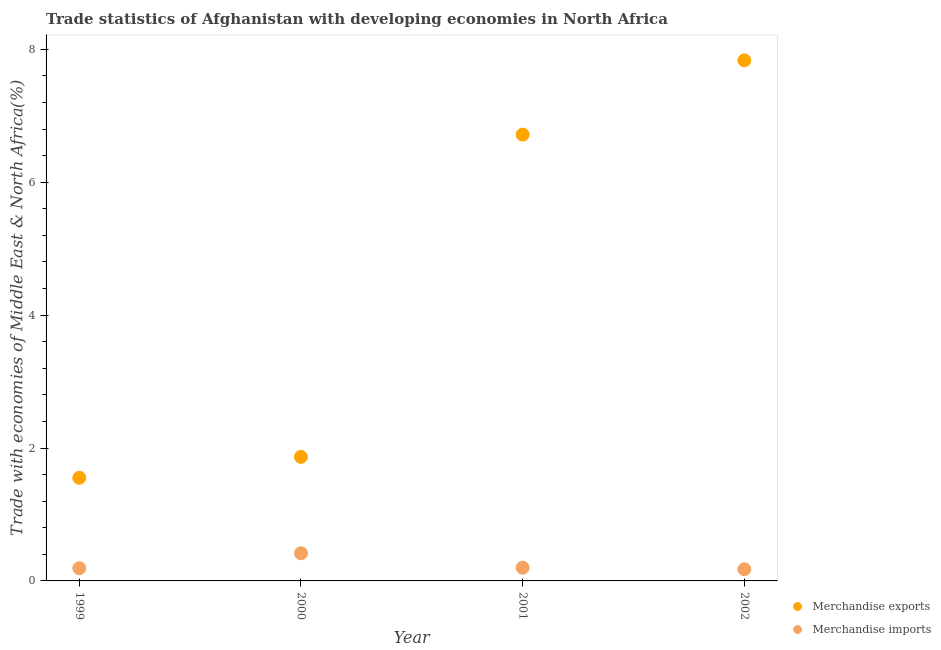
| Year | Merchandise exports | Merchandise imports |
 | --- | --- | --- |
 | 1999 | 1.55 | 0.191 |
 | 2000 | 1.87 | 0.416 |
 | 2001 | 6.72 | 0.199 |
 | 2002 | 7.83 | 0.176 |